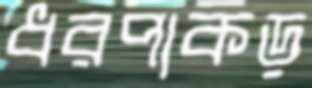
ধরপাকড়